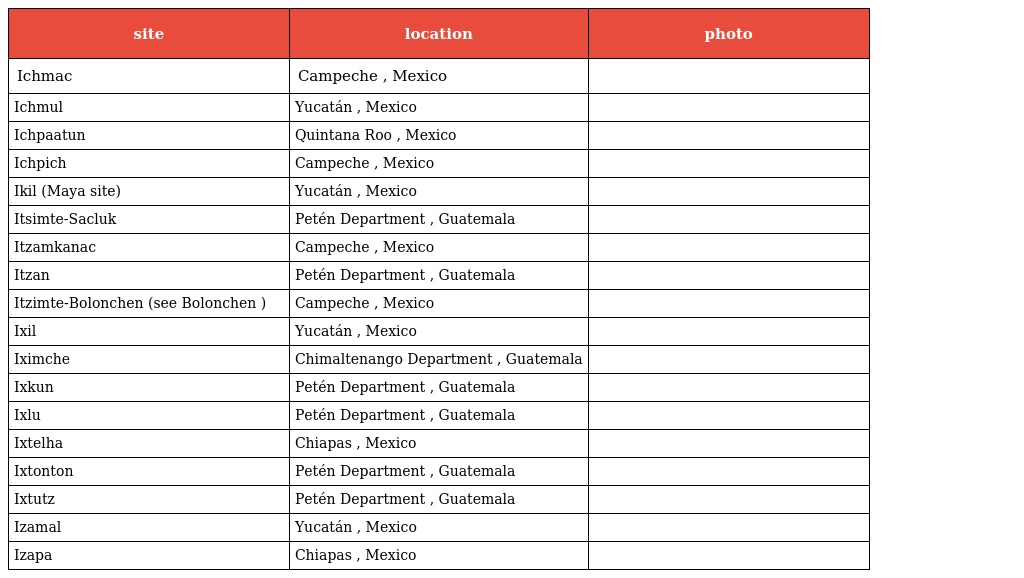
| site | location | photo |
 | --- | --- | --- |
 | Ichmac | Campeche , Mexico |  |
 | Ichmul | Yucatán , Mexico |  |
 | Ichpaatun | Quintana Roo , Mexico |  |
 | Ichpich | Campeche , Mexico |  |
 | Ikil (Maya site) | Yucatán , Mexico |  |
 | Itsimte-Sacluk | Petén Department , Guatemala |  |
 | Itzamkanac | Campeche , Mexico |  |
 | Itzan | Petén Department , Guatemala |  |
 | Itzimte-Bolonchen (see Bolonchen ) | Campeche , Mexico |  |
 | Ixil | Yucatán , Mexico |  |
 | Iximche | Chimaltenango Department , Guatemala |  |
 | Ixkun | Petén Department , Guatemala |  |
 | Ixlu | Petén Department , Guatemala |  |
 | Ixtelha | Chiapas , Mexico |  |
 | Ixtonton | Petén Department , Guatemala |  |
 | Ixtutz | Petén Department , Guatemala |  |
 | Izamal | Yucatán , Mexico |  |
 | Izapa | Chiapas , Mexico |  |